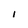
Character: l